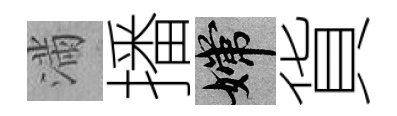
滿播嫦貨